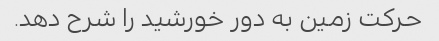
حرکت زمین به دور خورشید را شرح دهد.